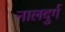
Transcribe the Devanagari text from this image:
नालदुर्ग